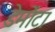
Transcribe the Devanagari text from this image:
डेमोंटा